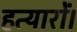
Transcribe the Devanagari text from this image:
हत्यारों।